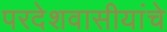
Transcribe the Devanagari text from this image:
परदेशवासीयांचे